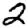
Digit: 2